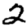
Digit: 2